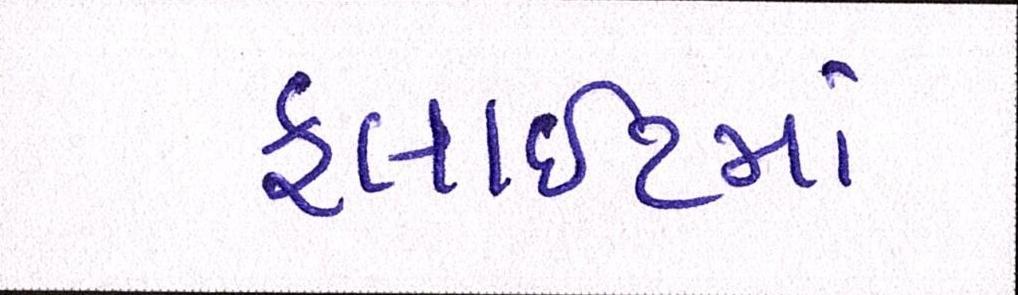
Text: ફ્લાઈટમાં